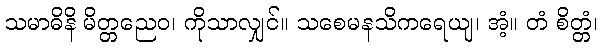
သမာဓိနိ မိတ္တညေဝ၊ ကိုသာလျှင်။ သစေမနသိကရေယျ၊ အံ့။ တံ စိတ္တံ၊